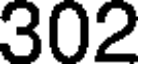
302